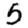
Digit: 5